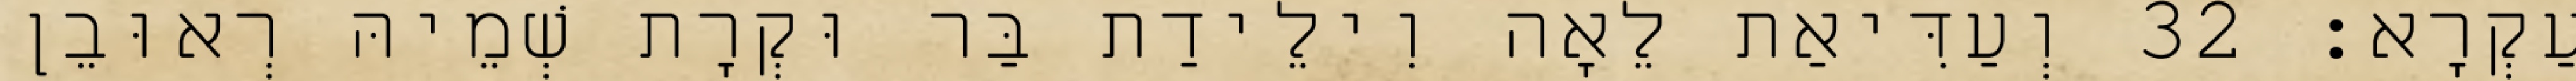
עַקְרָא׃ 32 וְעַדִּיאַת לֵאָה וִילֵידַת בַּר וּקְרָת שְׁמֵיהּ רְאוּבֵן